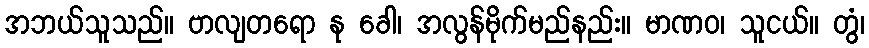
အဘယ်သူသည်။ ဗာလျတရော နု ခေါ၊ အလွန်မိုက်မည်နည်း။ မာဏဝ၊ သူငယ်။ တွံ၊